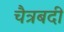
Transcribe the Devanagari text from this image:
चैत्रबदी